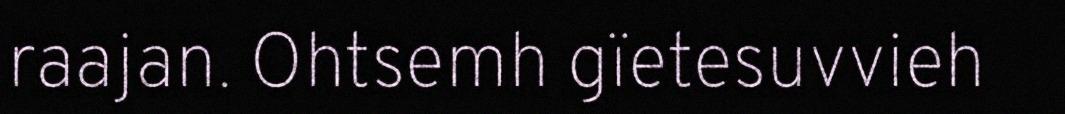
raajan. Ohtsemh gïetesuvvieh